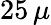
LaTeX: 25\, \mu